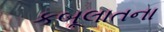
કબૂલાતના